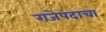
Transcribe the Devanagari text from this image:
राजेपदाचा